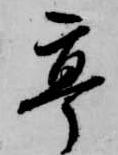
亭